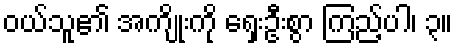
ဝယ်သူ၏ အကျိုးကို ရှေးဦးစွာ ကြည့်ပါ၊ ၃။